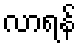
လာရန်